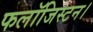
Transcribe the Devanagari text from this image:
फलॉजिस्टन।